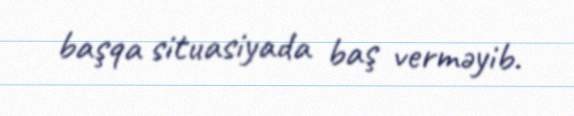
başqa situasiyada baş verməyib.